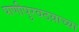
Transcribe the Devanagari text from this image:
पाणीपुरवठय़ाच्या